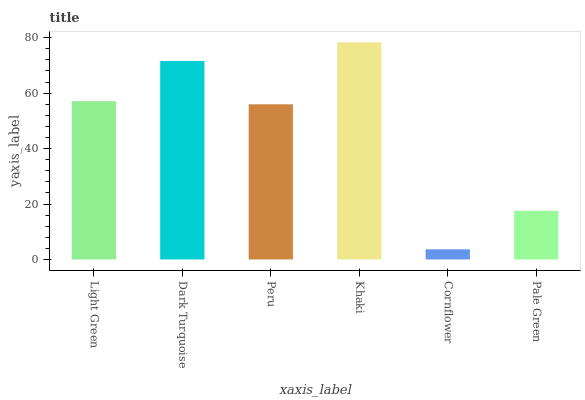
| xaxis_label | bars |
 | --- | --- |
 | Light Green | 57.1 |
 | Dark Turquoise | 71.6 |
 | Peru | 56 |
 | Khaki | 78.3 |
 | Cornflower | 3.66 |
 | Pale Green | 17.5 |